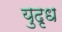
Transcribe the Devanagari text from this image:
युदृध